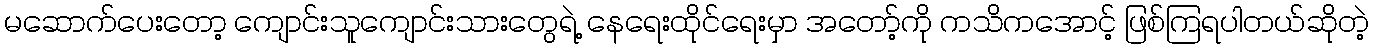
မဆောက်ပေးတော့ ကျောင်းသူကျောင်းသားတွေရဲ့ နေရေးထိုင်ရေးမှာ အတော့်ကို ကသိကအောင့် ဖြစ်ကြရပါတယ်ဆိုတဲ့